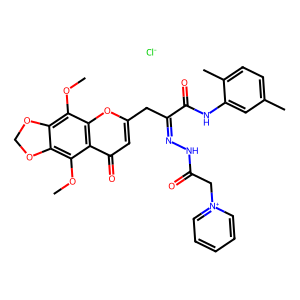
SMILES: COc1c2c(c(OC)c3c(=O)cc(CC(=NNC(=O)C[n+]4ccccc4)C(=O)Nc4cc(C)ccc4C)oc13)OCO2.[Cl-]
Inhibits HIV replication: No